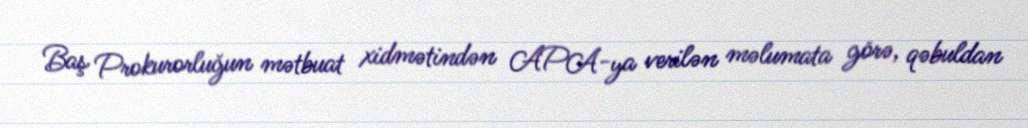
Baş Prokurorluğun mətbuat xidmətindən APA-ya verilən məlumata görə, qəbuldan